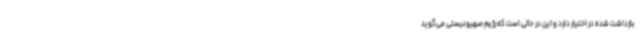
بازداشت شده در اختیار دارد و این در حالی است که رژیم صهیونیستی می‌گوید